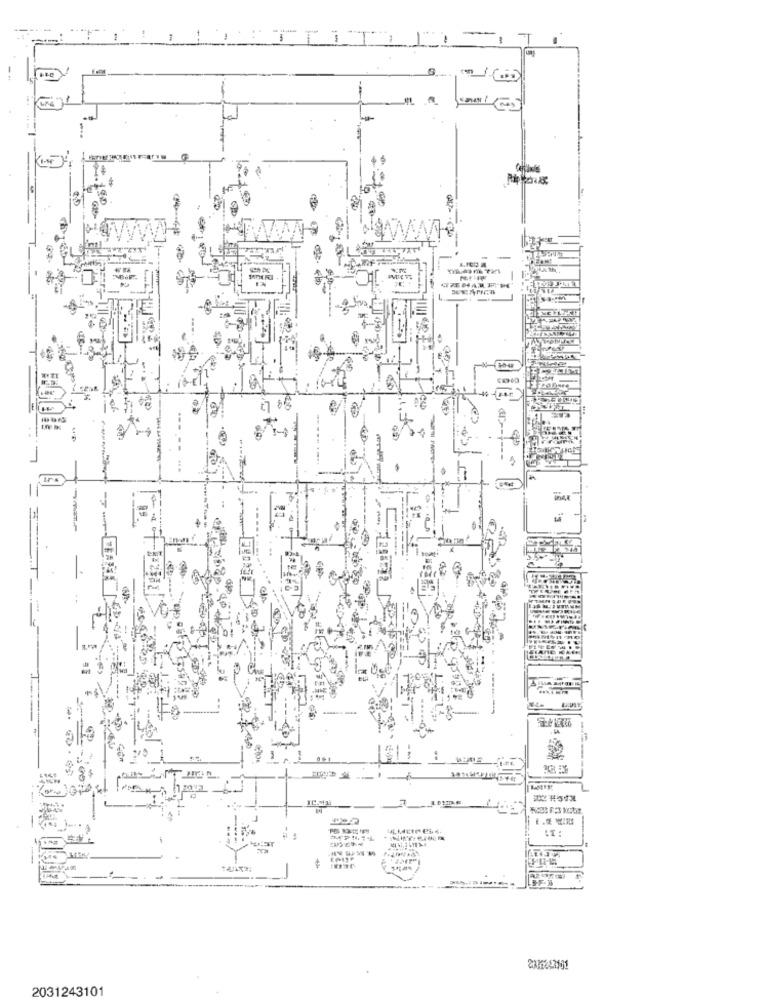
--
3.
VAAS
-
ـفر
1-
..
-
---
2031243101